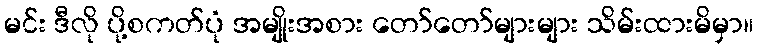
မင်း ဒီလို ပို့စကတ်ပုံ အမျိုးအစား တော်တော်များများ သိမ်းထားမိမှာ။